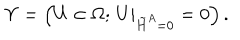
\Upsilon = \left( U \in \Omega ; \, U \vert _ { \tilde { H } ^ { A } = 0 } = 0 \right) .